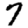
Digit: 7